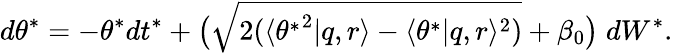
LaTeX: d\theta^{*}=-\theta^{*}dt^{*}+\big(\sqrt{2(\langle{\theta^{*}}^{2}|q,r\rangle-\langle\theta^{*}|q,r\rangle^{2})}+\beta_{0}\big)\; dW^{*}.